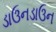
ડાઉનડાઉન